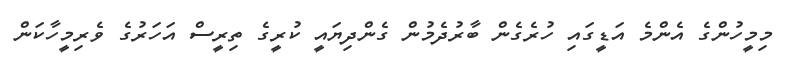
މިމީހުންގެ އެންމެ އަޑީގައި ހުރެގެން ބާރުދެމުން ގެންދިޔައީ ކުރީގެ ތިރީސް އަހަރުގެ ވެރިމީހާކަން